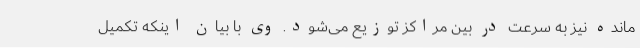
‌مانده نیز به سرعت در بین مراکز توزیع می‌شود. وی با بیان اینکه تکمیل